Document type: Barter
Year: 1304
Scribe: Pere Pometa
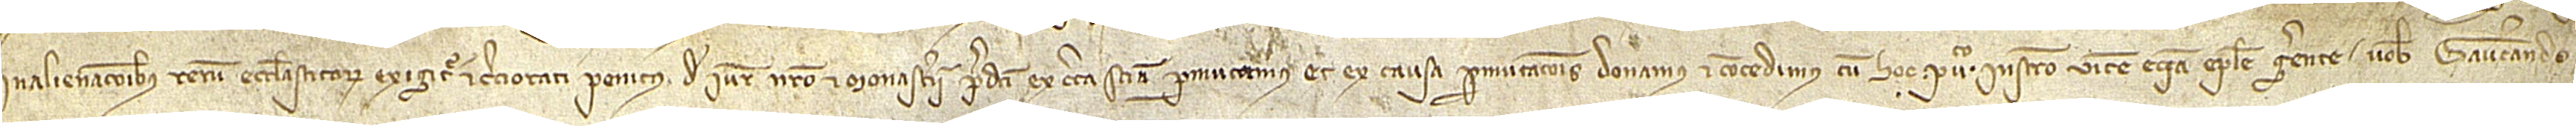
alienacionibus rerum ecclesiasticorum exigitur, cert cerciorati penitus de iure nostro et monasterii predicti, ex certa sciencia permutamus er ex causa permutacionis donamus et concedimus cun hoc publico instrumento vicem etiam epistole gerente vobis Gaucerando